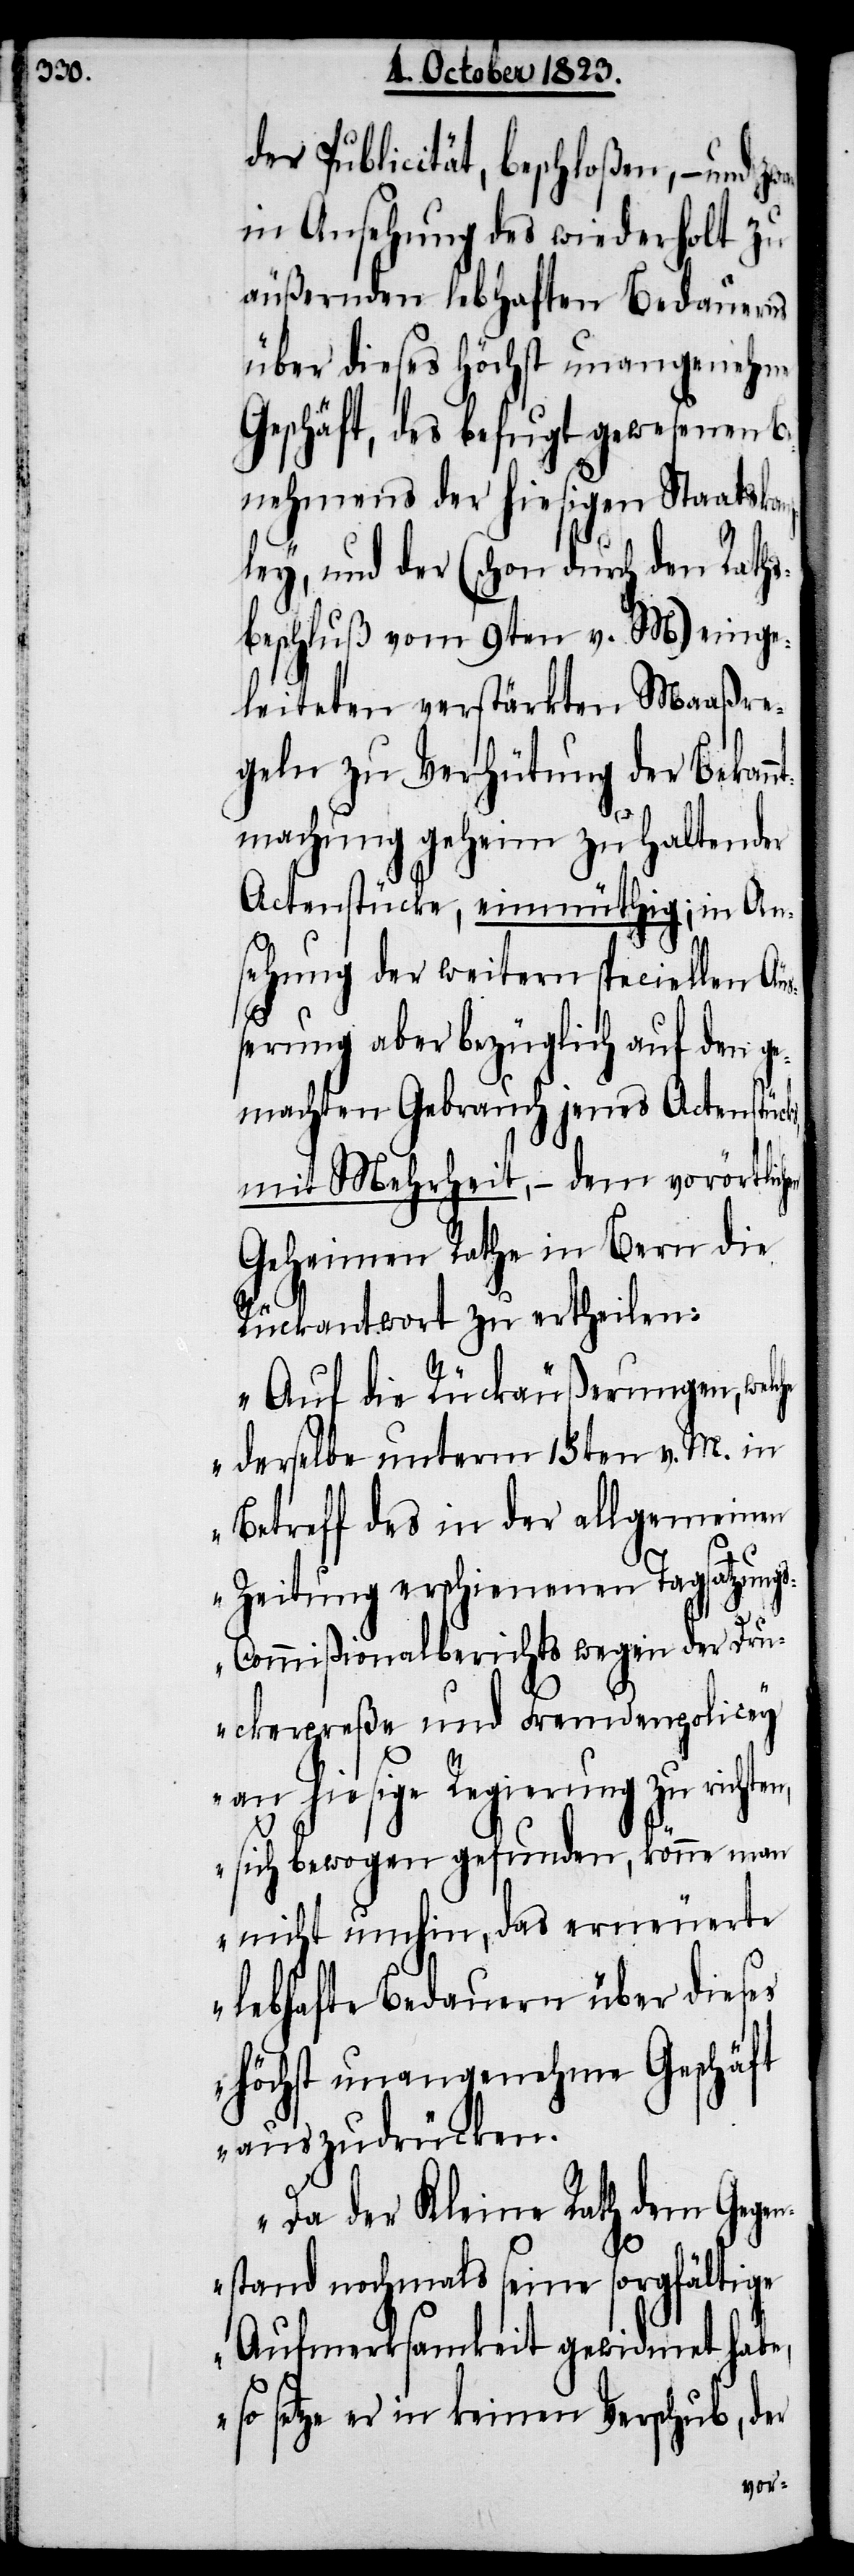
der Publicität, beschloßen, − und zw¬
in Ansehung des wiederholt zu
äußernden lebhaften Bedauerns
über dieses höchst unangenehme
Geschäft, des befugt gewesenen B¬
enehmens der hiesigen Staatskan¬
zley, und der (schon durch den Raths¬
beschluß vom 9ten v. M) einge¬
leiteten verstärkten Maaßre¬
geln zu Verhütung der Bekan¬
ntmachung geheim zu haltender
Actenstücke, einmüthig; in An¬
sehung der weitern speciellen Äuß¬
hen
erung aber bezüglich auf den ge¬
machten Gebrauch jenes Actenstücks,
mit Mehrheit, − dem vorörtlic¬
Geheimen Rathe in Bern die
Rückantwort zu ertheilen:
„Auf die Rückäußerungen, welc¬
he derselbe unterm 15ten v. M. in
Betreff des in der allgemeinen
Zeitung erschienenen Tagsatzung¬
s-Commißionalberichts wegen der Dru¬
ckerpreße und Fremdenpolicey
an hiesige Regierung zu richten,
sich bewogen gefunden, könne man
nicht umhin, das erneuerte
lebhafte Bedauern über dieses
höchst unangenehme Geschäft
auszudrücken.
Da der Kleine Rath dem Gegen¬
stand nochmals seine sorgfältige
Aufmerksamkeit gewidmet habe,
so setze er in keinen Verschub, der